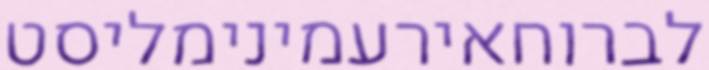
לברוחאירעמינימליסט